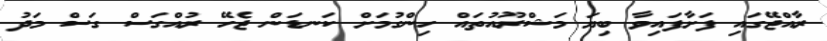
ރާއްޖޭގައި ފަށާފައިވާ ބިޔަ މަޝްރޫއުތައް ހިންގުމަށް ކަނޑަން ޖެހޭ ރުއްގަސް ގަސް މަދު